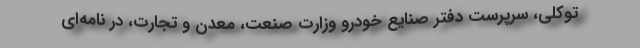
توکلی، سرپرست دفتر صنایع خودرو وزارت صنعت، معدن و تجارت، در نامه‌ای